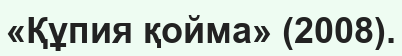
«Құпия қойма» (2008).